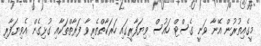
މީގެއިތުރުން އޭނާ ވަނީ ގެސްޓް ހައުސް ވިޔަފާރީގައި ހަރަކާތްތެރިވާ ފަރާތްތަކާއި ގުޅިގެން އެވިޔަފާރި